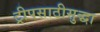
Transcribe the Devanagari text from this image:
ट्रीपसाठीसुद्धा